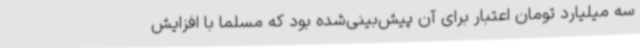
سه میلیارد تومان اعتبار برای آن پیش‌بینی‌شده بود که مسلماً با افزایش